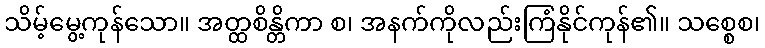
သိမ့်မွေ့ကုန်သော။ အတ္ထစိန္တိကာ စ၊ အနက်ကိုလည်းကြံနိုင်ကုန်၏။ သစ္စေစ၊